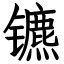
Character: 镳